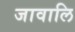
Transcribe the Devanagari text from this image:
जावालि